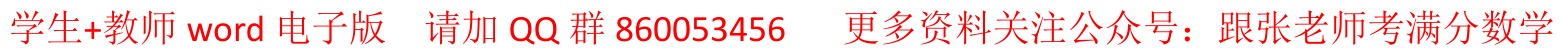
学生+教师 word 电子版  请加 QQ 群 860053456  更多资料关注公众号：跟张老师考满分数学